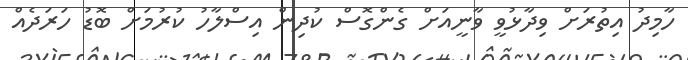
ހާމިދު އިތުރަށް ވިދާޅުވީ ވާނީއަށް ގެންގޮސް ކުދިން އިސްލާހު ކުރުމަށް ބޮޑު ހަރަދެއް